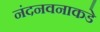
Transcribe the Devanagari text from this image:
नंदनवनाकडे